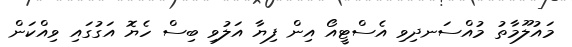
މައުލޫމާތު މުއްސަނދިވި އެސްޓީއޯ އިން ފިޔާ އަލުވި ބިސް ހެޔޮ އަގުގައި ވިއްކަން